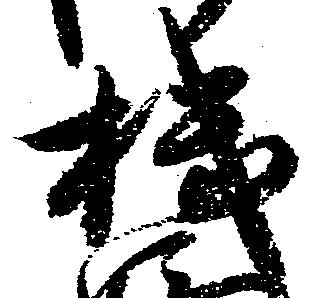
機